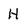
Character: H